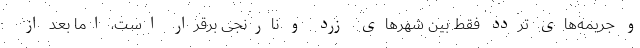
و جریمه‌های تردد فقط بین شهرهای زرد و نارنجی برقرار است، اما بعد از